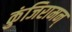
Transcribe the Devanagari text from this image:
कुंजिरामन्